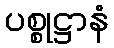
ပစ္စုဋ္ဌာနံ